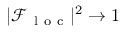
| \mathcal { F } _ { \mathrm { ~ l ~ o ~ c ~ } } | ^ { 2 } \rightarrow 1